Indian journal of veterinary science and animal husbandry - Volume 13,
Year: 1943
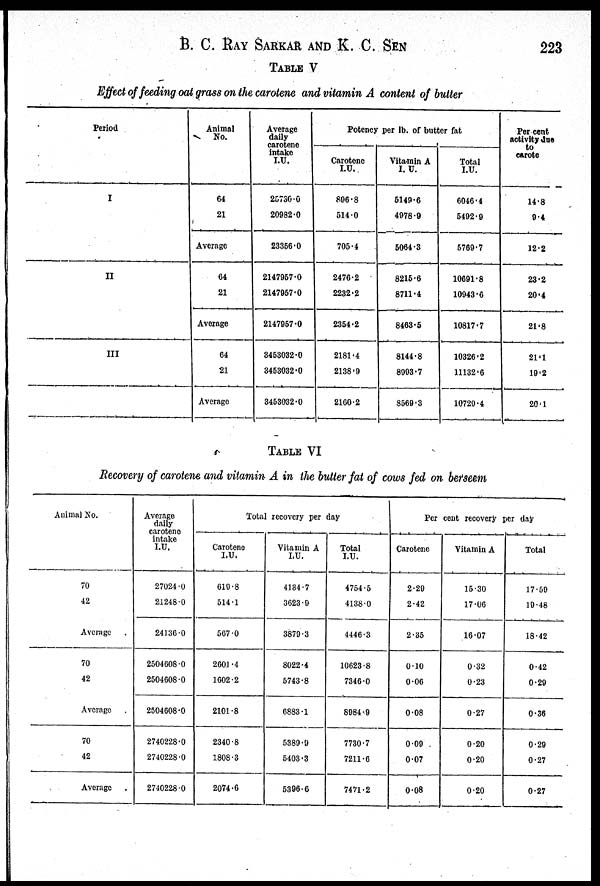
B. C. RAY SARKAR AND K. C. SEN 223
TABLE V
Effect of feeding oat grass on the carotene and vitamin A content of butter
Period
I
II
III
Animal
No.
64
21
Average
64
21
Average
64
21
Average
Average
daily
carotene
intake
I.U.
25730.0
20982.0
23356.0
2147967.0
2147957.0
2147957.0
3453032.0
3453032.0
3453032.0
Potency per lb. of butter fat
Carotene
I.U.
896.8
514.0
705.4
2476.2
2232.2
2354.2
2181.4
2138.9
2160.2
Vita.min A
I. U.
5149.6
4978.9
5064.3
8215.6
8711.4
8463.5
8144.8
8993.7
8569.3
Total
I.U.
6046.4
5492.9
5769.7
10691.8
10943.6
10817.7
10326.2
11132.6
10729.4
Per cent
activity due
to
carote
14.8
9.4
12.2
23.2
20.4
21.8
21.1
19.2
20.1
TABLE VI
Recovery of carotene and vitamin A in the butter fat of cows fed on betseem
Animal No.
70
42
Average
70
42
Average
70
42
Average
Average
daily
carotene
intake
I.U.
27024.0
21248.0
24136.0
2504608.0
2504608.0
2504608.0
2740228.0
2740228.0
2740228.0
Total recovery per day
Carotene
I.U.
619.8
514.1
567.0
2601.4
1602.2
2101.8
2340.8
1808.3
2074.6
Vitamin A
I.U.
4134.7
3623.9
3879.3
8022.4
5743.8
6883.1
5389.9
5403.3
5396.6
Total
I.U.
4754.6
4138.0
4446.3
10623.8
7346.0
8984.9
7730.7
7211.6
7471.2
Per cent recovery per day
Carotene
2.29
2.42
2.35
0.10
0.06
0.08
0.09
0.07
0.08
Vitamin A
15.30
17.06
16.07
0.32
0.23
0.27
0.20
0.20
0.20
Total
17.59
19.48
18.42
0.42
0.29
0.36
0.29
0.27
0.27